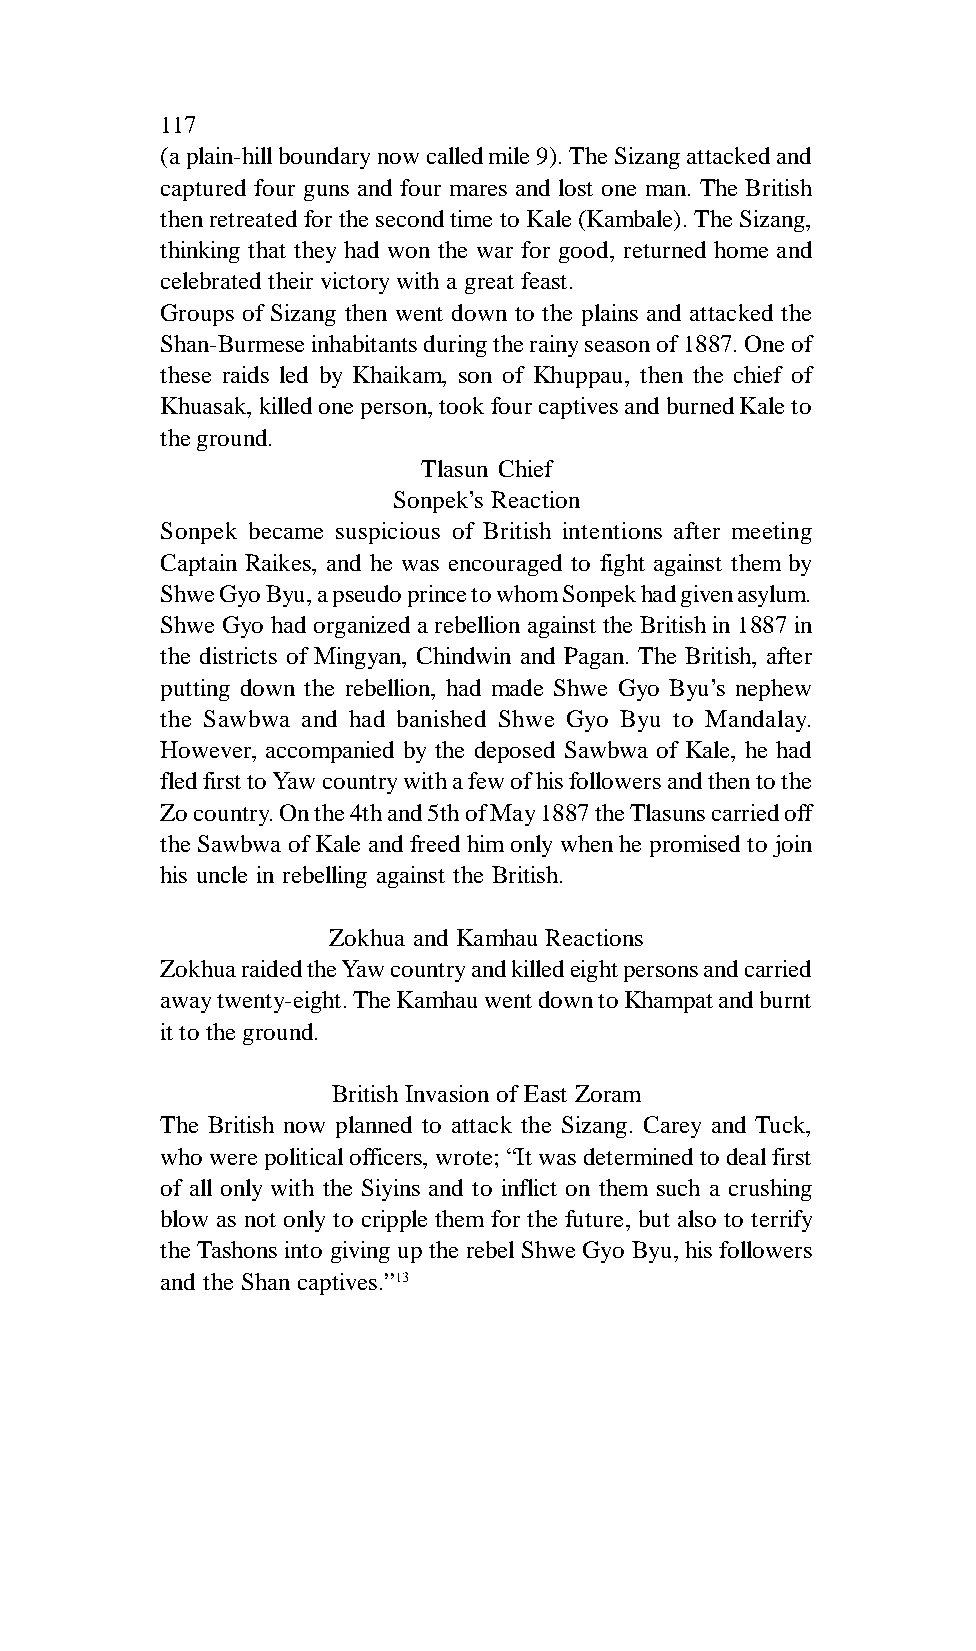
117
 (a plain-hill boundary now called mile 9). The Sizang attacked and
 captured four guns and four mares and lost one man. The British
 then retreated for the second time to Kale (Kambale). The Sizang,
 thinking that they had won the war for good, returned home and
 celebrated their victory with a great feast.
 Groups of Sizang then went down to the plains and attacked the
 Shan-Burmese inhabitants during the rainy season of 1887. One of
 these raids led by Khaikam, son of Khuppau, then the chief of
 Khuasak, killed one person, took four captives and burned Kale to
 the ground.
 Tlasun Chief
 Sonpek’s Reaction
 Sonpek became suspicious of British intentions after meeting
 Captain Raikes, and he was encouraged to fight against them by
 Shwe Gyo Byu, a pseudo prince to whom Sonpek had given asylum.
 Shwe Gyo had organized a rebellion against the British in 1887 in
 the districts of Mingyan, Chindwin and Pagan. The British, after
 putting down the rebellion, had made Shwe Gyo Byu’s nephew
 the Sawbwa and had banished Shwe Gyo Byu to Mandalay.
 However, accompanied by the deposed Sawbwa of Kale, he had
 fled first to Yaw country with a few of his followers and then to the
 Zo country. On the 4th and 5th of May 1887 the Tlasuns carried off
 the Sawbwa of Kale and freed him only when he promised to join
 his uncle in rebelling against the British.
 Zokhua and Kamhau Reactions
 Zokhua raided the Yaw country and killed eight persons and carried
 away twenty-eight. The Kamhau went down to Khampat and burnt
 it to the ground.
 British Invasion of East Zoram
 The British now planned to attack the Sizang. Carey and Tuck,
 who were political officers, wrote; “It was determined to deal first
 of all only with the Siyins and to inflict on them such a crushing
 blow as not only to cripple them for the future, but also to terrify
 the Tashons into giving up the rebel Shwe Gyo Byu, his followers
 and the Shan captives.”13